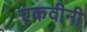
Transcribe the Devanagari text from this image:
एकवीनी